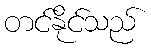
တင်နိုင်သည်